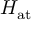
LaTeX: H _ { \mathrm { { a t } } }